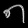
Digit: ၈